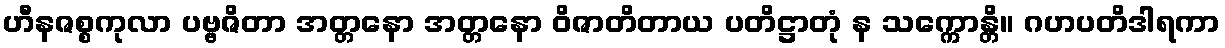
ဟီနဇစ္စကုလာ ပဗ္ဗဇိတာ အတ္တနော အတ္တနော ဝိဇာတိတာယ ပတိဋ္ဌာတုံ န သက္ကောန္တိ။ ဂဟပတိဒါရကာ